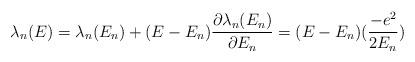
LaTeX: \begin{align*}\lambda_{n}(E) = \lambda_{n}(E_{n}) + (E-E_{n})\frac{\partial \lambda_{n}(E_{n})}{\partial E_{n}} = (E-E_{n})(\frac{-e^{2}}{2E_{n}})\end{align*}